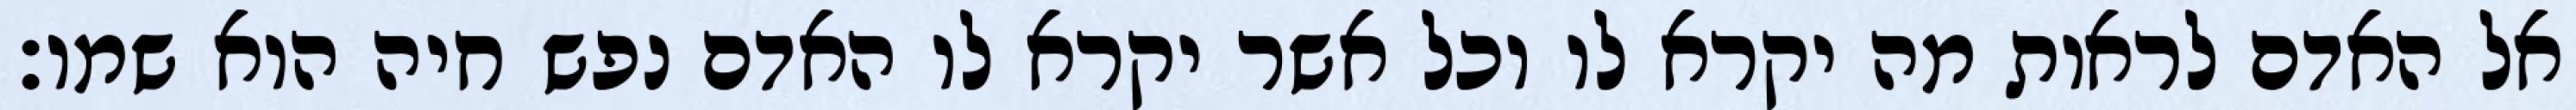
אל האדם לראות מה יקרא לו וכל אשר יקרא לו האדם נפש חיה הוא שמו׃